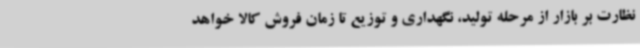
نظارت بر بازار از مرحله تولید، نگهداری و توزیع تا زمان فروش کالا خواهد